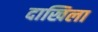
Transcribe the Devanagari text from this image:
दाखिला